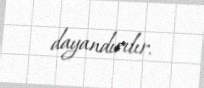
dayandırılır.